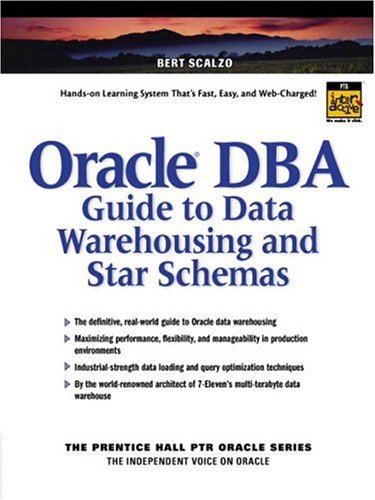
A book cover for Oracle DBA Guide to Data Warehousing and Star Schemas; Bert Scalzo; Computers & Technology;